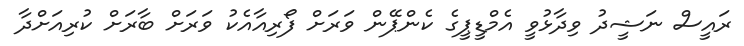
ރައީސް ނަޝީދު ވިދާޅުވީ އެމްޑީޕީގެ ކެންޕޭން ވަރަށް ފޯރިއާއެކު ވަރަށް ބާރަށް ކުރިއަށްދާ